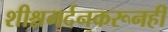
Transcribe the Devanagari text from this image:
शीश्नमर्दनकरूनही